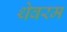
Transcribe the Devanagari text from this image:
थेवरम